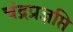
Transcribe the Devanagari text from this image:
चंद्रप्रज्ञप्ति